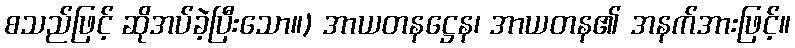
စသည်ဖြင့် ဆိုအပ်ခဲ့ပြီးသော။) အာယတနဋ္ဌေန၊ အာယတန၏ အနက်အားဖြင့်။